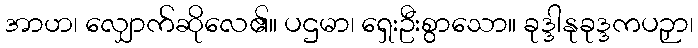
အာဟ၊ လျှောက်ဆိုလေ၏။ ပဌမာ၊ ရှေးဦးစွာသော။ ခုဒ္ဒါနုခုဒ္ဒကပဉှာ၊